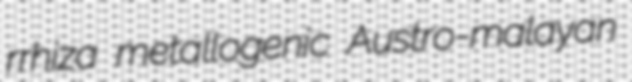
rrhiza metallogenic Austro-malayan